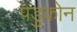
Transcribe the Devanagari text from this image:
पडुकोन